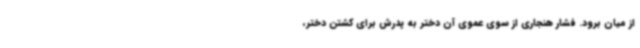
از میان برود. فشار هنجاری از سوی عموی آن دختر به پدرش برای کشتن دختر،